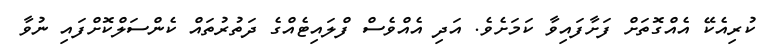
ކުރިއެކޭ އެއްގޮތަށް ފަށާފައިވާ ކަމަށެވެ. އަދި އެއްވެސް ފްލައިޓެއްގެ ދަތުރުތައް ކެންސަލްކޮށްފައި ނުވާ